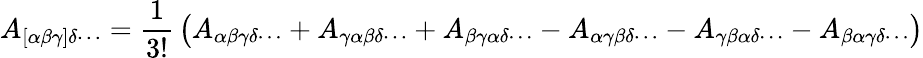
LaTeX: A_{[\alpha\beta\gamma]\delta\cdots}={\frac{1}{3!}}\left(A_{\alpha\beta\gamma\delta\cdots}+A_{\gamma\alpha\beta\delta\cdots}+A_{\beta\gamma\alpha\delta\cdots}-A_{\alpha\gamma\beta\delta\cdots}-A_{\gamma\beta\alpha\delta\cdots}-A_{\beta\alpha\gamma\delta\cdots}\right)